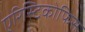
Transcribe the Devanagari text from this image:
एरिस्टिकोफिस